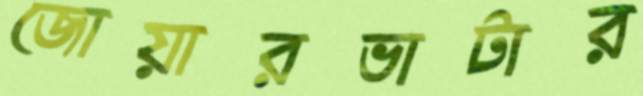
জোয়ারভাটার